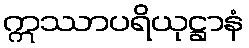
ဣဿာပရိယုဋ္ဌာနံ